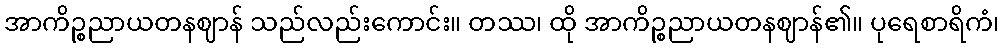
အာကိဉ္စညာယတနဈာန် သည်လည်းကောင်း။ တဿ၊ ထို အာကိဉ္စညာယတနဈာန်၏။ ပုရေစာရိကံ၊